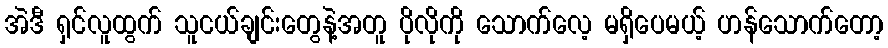
အဲဒီ ရှင်လူထွက် သူငယ်ချင်းတွေနဲ့အတူ ပိုလိုကို သောက်လေ့ မရှိပေမယ့် ဟန်သောက်တော့